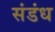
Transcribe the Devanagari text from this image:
संडंध